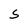
Character: S